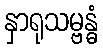
နှာရုသမ္ဗန္ဓံ